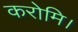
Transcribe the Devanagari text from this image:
करोमि।